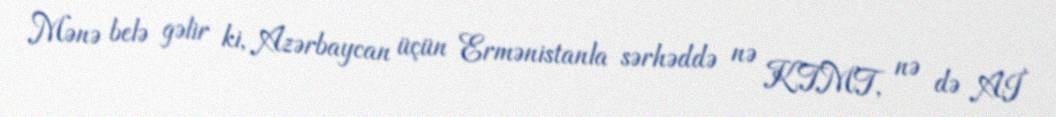
Mənə belə gəlir ki, Azərbaycan üçün Ermənistanla sərhəddə nə KTMT, nə də Aİ